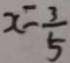
x = \frac { 3 } { 5 }